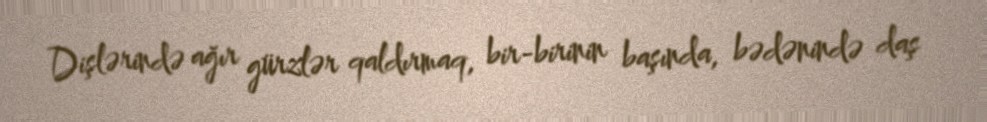
Dişlərində ağır gürzlər qaldırmaq, bir-birinin başında, bədənində daş